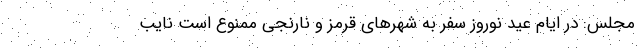
مجلس: در ایام عید نوروز سفر به شهرهای قرمز و نارنجی ممنوع است نایب